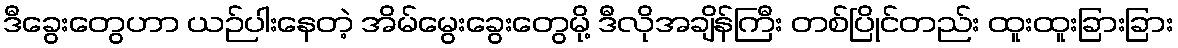
ဒီခွေးတွေဟာ ယဉ်ပါးနေတဲ့ အိမ်မွေးခွေးတွေမို့ ဒီလိုအချိန်ကြီး တစ်ပြိုင်တည်း ထူးထူးခြားခြား